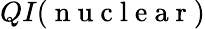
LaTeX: QI(\mathrm{~n~u~c~l~e~a~r~})